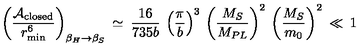
\left( \frac { { \cal A } _ { \mathrm { c l o s e d } } } { r _ { \min } ^ { 6 } } \right) _ { \beta _ { H } \to \beta _ { S } } \: \simeq \: \frac { 1 6 } { 7 3 5 b } \: \left( \frac { \pi } { b } \right) ^ { 3 } \: \left( \frac { M _ { S } } { M _ { P L } } \right) ^ { 2 } \: \left( \frac { M _ { S } } { m _ { 0 } } \right) ^ { 2 } \: \ll \: 1